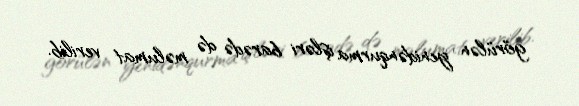
görülən yenidənqurma işləri barədə də məlumat verilib.